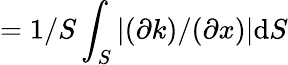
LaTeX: =1/S\int_{S}|(\partial k)/(\partial x)|\mathrm{d}S